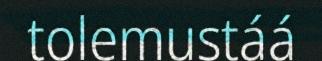
tolemustáá